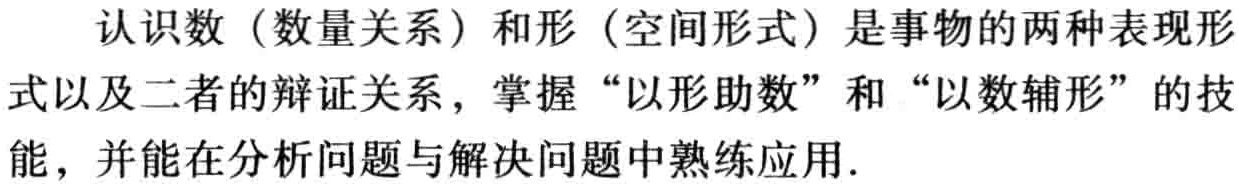
认识数（数量关系）和形（空间形式）是事物的两种表现形式以及二者的辩证关系，掌握“以形助数”和“以数辅形”的技能，并能在分析问题与解决问题中熟练应用.